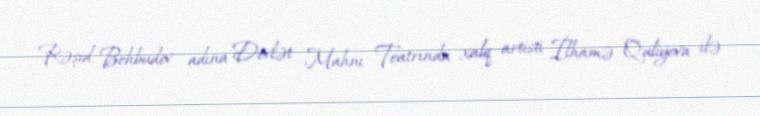
Rəşid Behbudov adına Dövlət Mahnı Teatrında xalq artisti İlhamə Quliyeva ilə